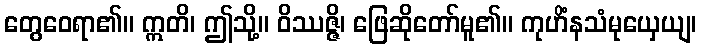
တွေဝေရာ၏။ ဣတိ၊ ဤသို့။ ဝိဿဇ္ဇိ၊ ဖြေဆိုတော်မူ၏။ ကုဟိံနသံမုယှေယျ၊